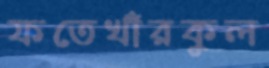
ফতেখাঁরকুল